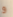
و